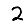
Digit: 2